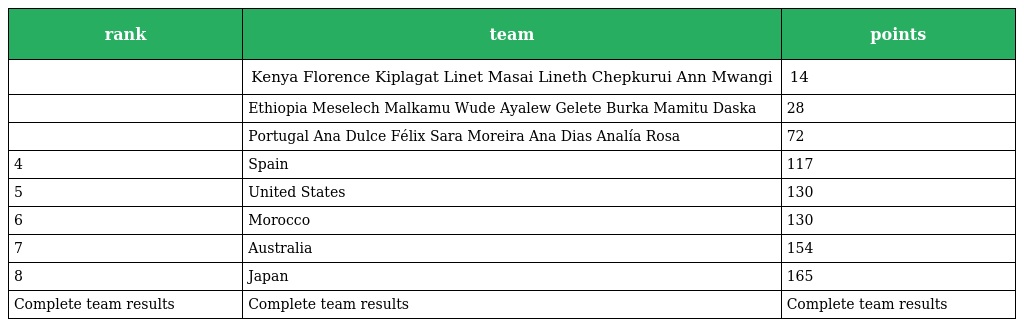
| rank | team | points |
 | --- | --- | --- |
 |  | Kenya Florence Kiplagat Linet Masai Lineth Chepkurui Ann Mwangi | 14 |
 |  | Ethiopia Meselech Malkamu Wude Ayalew Gelete Burka Mamitu Daska | 28 |
 |  | Portugal Ana Dulce Félix Sara Moreira Ana Dias Analía Rosa | 72 |
 | 4 | Spain | 117 |
 | 5 | United States | 130 |
 | 6 | Morocco | 130 |
 | 7 | Australia | 154 |
 | 8 | Japan | 165 |
 | Complete team results | Complete team results | Complete team results |